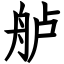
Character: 舻